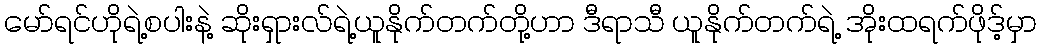
မော်ရင်ဟိုရဲ့စပါးနဲ့ ဆိုးရှားလ်ရဲ့ယူနိုက်တက်တို့ဟာ ဒီရာသီ ယူနိုက်တက်ရဲ့ အိုးထရက်ဖိုဒ့်မှာ